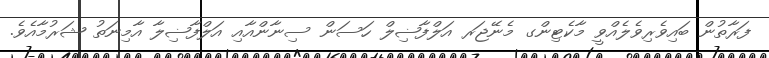
ފަރާތުން ބައިވެރިވެލެއްވީ މާކެޓިންގ މެނޭޖަރ އަލްފާޟިލް ހަސަން ސިނާންއާއި އަލްފާޟިލާ އާމިނަތު ޝަރުމާއެވެ.